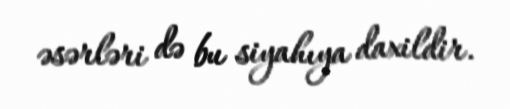
əsərləri də bu siyahıya daxildir.